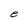
Character: e